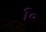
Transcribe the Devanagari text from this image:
१॰